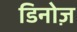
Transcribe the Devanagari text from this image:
डिनोज़